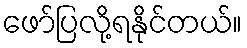
ဖော်ပြလို့ရနိုင်တယ်။